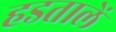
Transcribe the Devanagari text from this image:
हडतालें